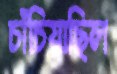
চাঁচিয়াছিল